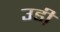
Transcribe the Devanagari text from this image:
उडी़